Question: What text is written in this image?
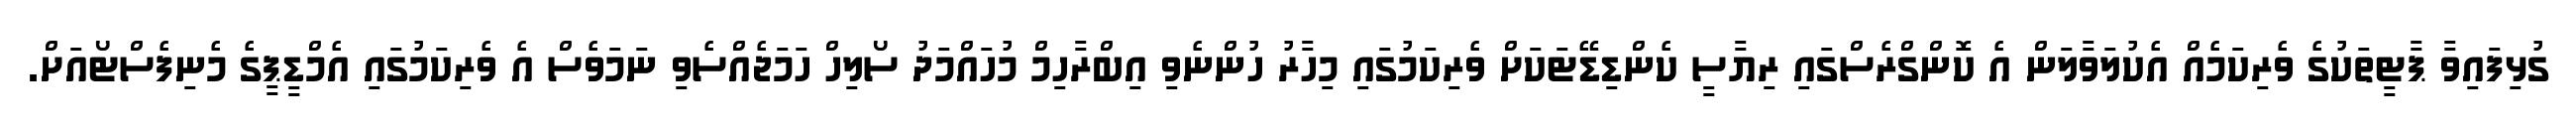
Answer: ގުޅިފައިވާ ޕާޓީތަކުގެ ވެރިކަމެއް އެކުލަވާލަން އެ ކޮންގްރެސްގައި ރިޔާސީ ކެންޑިޑޭޓަކަށް ވެރިކަމުގައި މިހާރު ހުންނެވި އިބްރާހިމް މުހައްމަދު ސޯލިހް ހަމަޖެއްސެވި ނަމަވެސް އެ ވެރިކަމުގައި އެމްޑީޕީގެ މެނިފެސްޓޯއަށް.